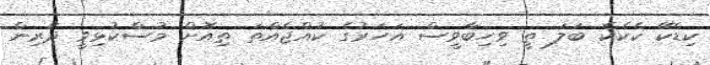
ކިޑެކޭ ކެކެކެ ބަލަ ތީ ވިހިބާވީސް އަހަރުގެ ކުއްޖެއްތަ ތިއޮށް މުސްކުޅިވީ ދަރިން